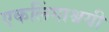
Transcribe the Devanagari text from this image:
एकलिंगाश्रयी